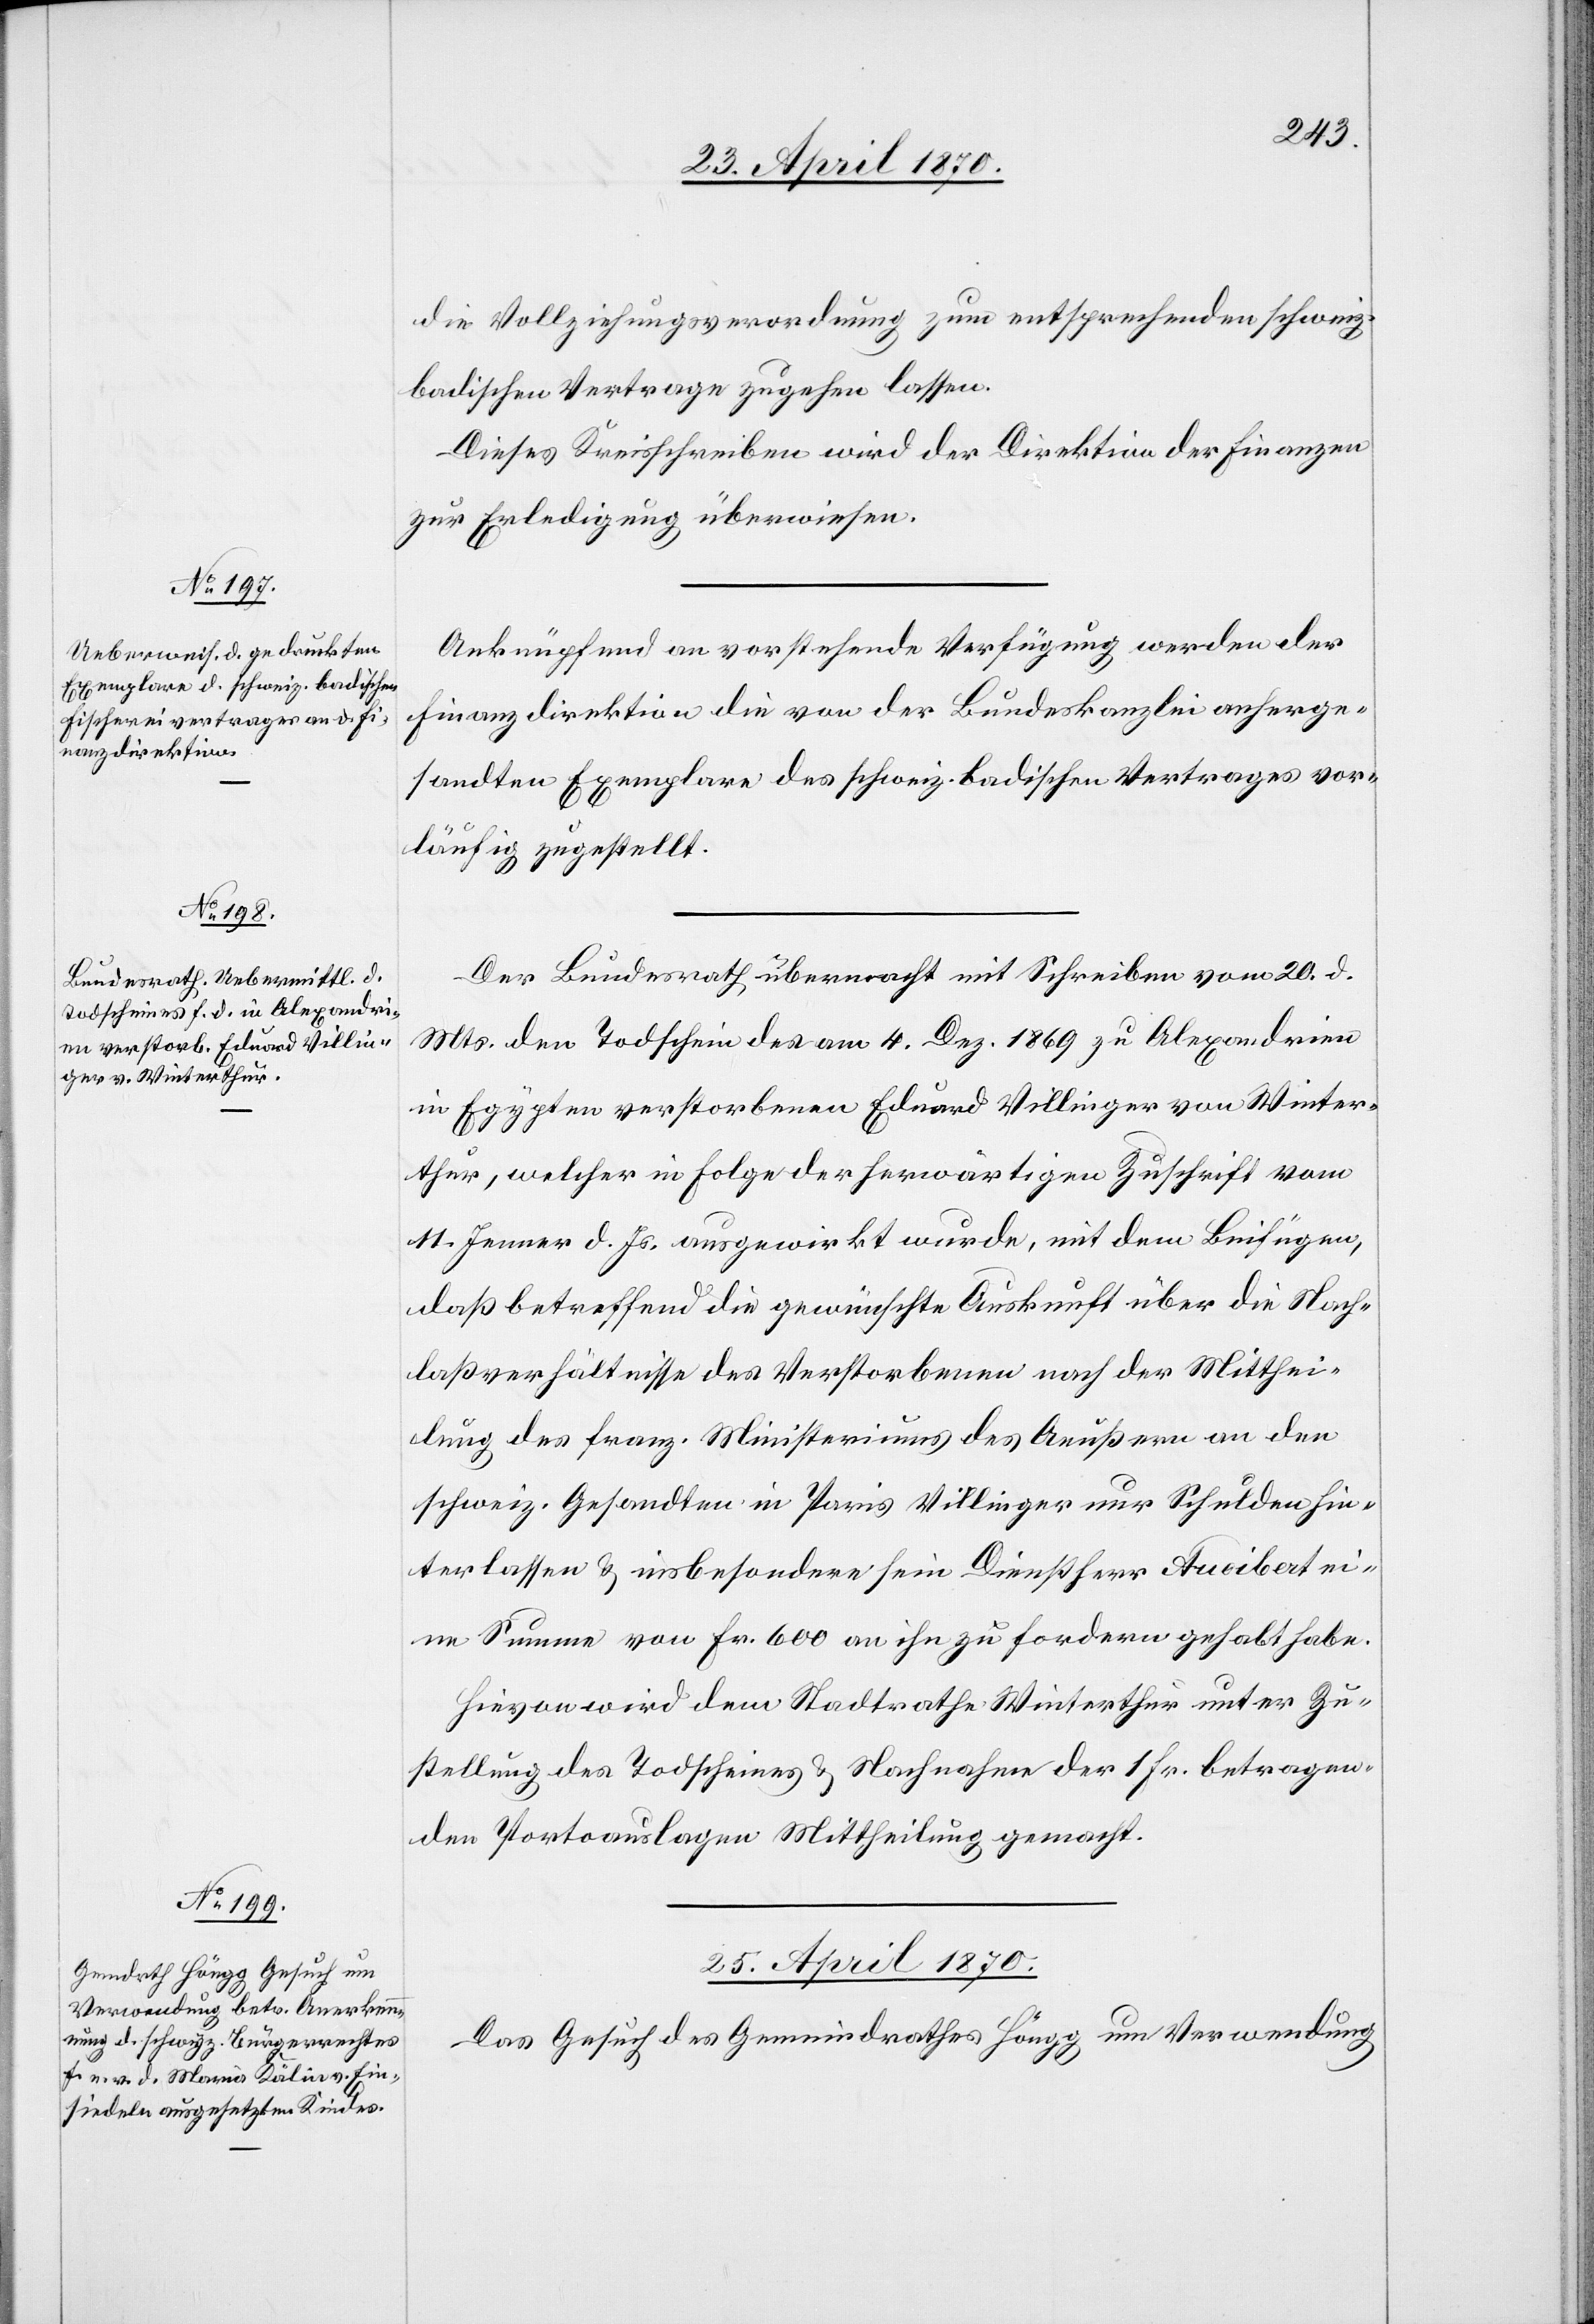
23. April 1870.]
die Vollziehungsverordnung zum entsprechenden schweiz.
badischen Vertrage zugehen lassen.
Dieses Kreisschreiben wird der Direktion der Finanzen
zur Erledigung überwiesen.
Anknüpfend an vorstehende Verfügung werden der
Finanzdirektion die von der Bundeskanzlei anherge¬
sandten Exemplare des schweiz. badischen Vertrages vor¬
läufig zugestellt.
Der Bundesrath übermacht mit Schreiben vom 20. d.
Mts. den Todschein des am 4. Dez. 1869 zu Alexandrien
in Egypten verstorbenen Eduard Villinger von Winter¬
thur, welcher in Folge der herwärtigen Zuschrift vom
11. Jenner d. Js. ausgewirkt wurde, mit dem Beifügen,
daß betreffend die gewünschte Auskunft über die Nach¬
laßverhältnisse des Verstorbenen nach der Mitthei¬
lung des franz. Ministeriums des Aeußern an den
schweiz. Gesandten in Paris Villinger nur Schulden hin¬
terlassen & insbesondere sein Dienstherr Audibert ei¬
ne Summe von Fr. 600 an ihn zu fordern gehabt habe.
Hievon wird dem Stadthalteramte Winterthur unter Zu¬
stellung des Todscheines & Nachnahme der 1 Fr. betragen¬
den Portoauslagen Mittheilung gemacht.
25. April 1870.
Das Gesuch des Gemeindrathes Höngg um Verwendung